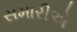
સમારીએ